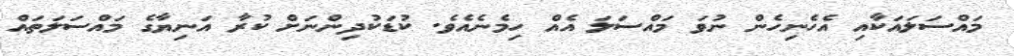
މައްސަލައަކާއި އެހެނިހެން ނުވަ މައްސަލަ އެއް ހިމެނެއެވެ. ކުޑަކުދިންނަށް ކުރާ އަނިޔާގެ މައްސަލަތައް